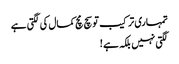
تمہاری ترکیب تو سچ مچ کمال کی لگتی ہے
لگتی نہیں بلکہ ہے !